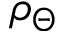
\rho _ { \Theta }